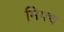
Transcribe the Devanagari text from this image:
मिफ्थ